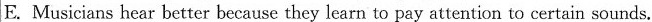
E. Musicians hear better because they learn to pay attention to certain sounds.